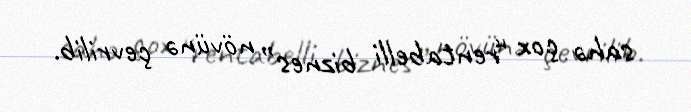
sahə çox “rentabelli biznes” növünə çevrilib.